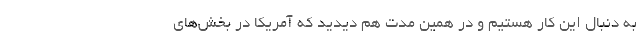
به دنبال این کار هستیم و در همین مدت هم دیدید که آمریکا در بخش‌های